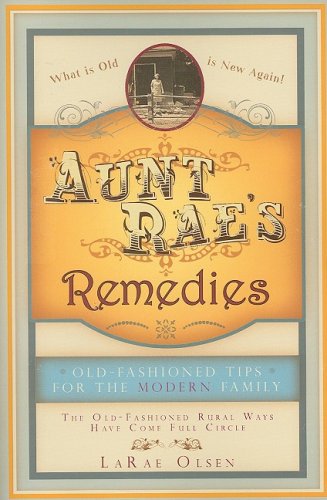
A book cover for Aunt Rae's Remedies; Larae Olsen; Crafts, Hobbies & Home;